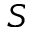
S